Vaccination in Bombay 1874-1876 - 1874-1876
Year: 1874
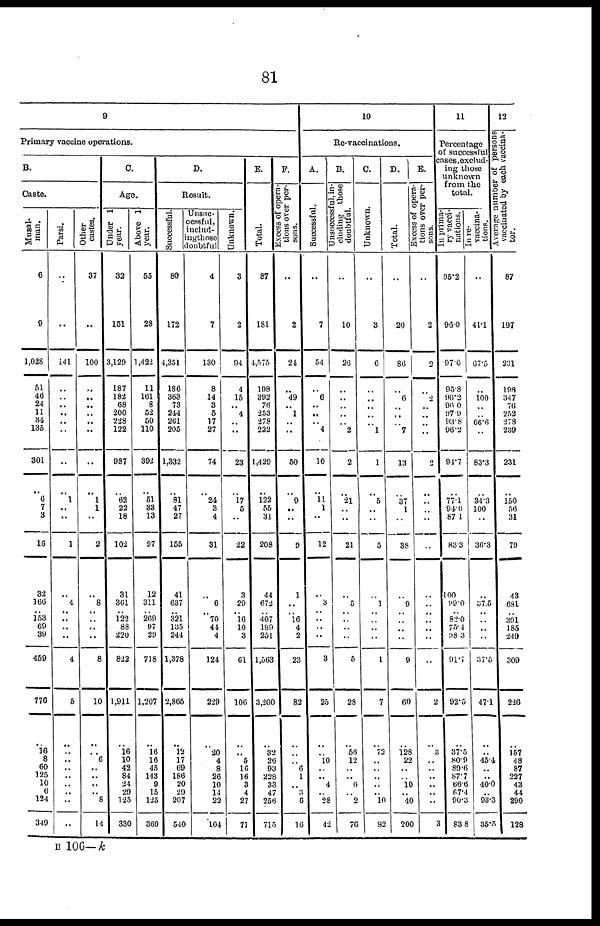
81
9
Primary vaccine operations.
B.
Caste.
Musal¬
man.
6
9
1,028
51
46
24
11
34
135
301
..
6
7
3
16
32
166
.. 153
69
39
459
776
..
16 8
60
125
10
6
124
319
Parsi.
..
..
141
..
..
.. ..
..
..
..
..
1
..
..
1
..
4
..
..
..
..
4
5
..
.. ..
..
..
..
..
..
..
Other
castes.
37
..
100
..
..
..
..
..
..
..
..
1
1
..
2
..
8
..
..
..
..
8
10
..
.. 6
..
..
.. .. 8
14
C
Age.
Under 1
year.
32
151
3,129
187
182
68
200
228
122
987
..
62
22
18
102
31
361
.. 122
88
220
822
1,911
..
16
10 42
84
24
29
125
330
Above 1
year.
55
28
1,422
11
161
8
52
50
110
392
..
51
33
13
97
12
311
.. 269
97
29
718
1,207
..
16
16
45
143
9
15
125
369
D.
Result.
Successful.
80
172
4,351
186
363
73
244
261
205
1,332
..
81
47
27
155
41
637
.. 321
135
244
1,378
2,865
..
12
17
69
186
20
29
207
540
Unsuc-
cessful,
includ-
ing those
doubtful
4
7
130
8
14
3
5
17
27
74
..
24
3
4
31
..
6
.. 70
44
..
12
229
..
20
4
8
26
10
14
22
104
Unknown.
3
2
94
4
15
.. 4
.. ..
23
..
17
5
..
22
3
29
.. 16
10
4
61
106
..
.. 5
16
16
3
4
27
71
E.
Total.
87
181
4,575
198
392
76
253
278
232
1,429
..
122
55
31
208
44
672
.. 407
189
251
1,563
3,200
..
32 26
93
228
33
47
256
715
F.
Excess of opera-
tions over per-
sons.
..
2
24
..
49
.. 1
..
..
50
..
9
..
..
9
1
..
.. 16
4
2
23
82
..
..
.. 6
1
.. 3
6
16
10
Re-vaccinations.
A.
Successful.
..
7
54
..
6
..
..
.. 4
10
..
11 1
..
12
..
3
..
..
..
..
3
25
..
.. 10
..
..
4
.. 28
42
B.
Unsuccessful, in-
cluding those
doubtful.
..
10
26
..
..
..
..
.. 2
2
..
21
..
..
21
..
5
..
..
..
..
5
28
..
56
12
..
..
6
.. 2
76
C.
Unknown.
..
3
6
..
..
..
..
.. 1
..
..
5
..
..
5
..
1
..
..
..
..
1
7
..
72
..
..
..
..
.. 10
82
D.
Total.
..
20
86
..
6
..
..
.. 7
13
..
37
1
..
38
..
9
..
..
..
..
9
60
..
128 22
..
.. 10
.. 40
200
E.
Excess of opera-
tions over per-
sons.
..
2
2
..
2
..
.. ..
..
2
..
..
..
..
..
..
..
..
..
..
..
..
2
..
3 ..
..
..
..
..
..
3
11
Percentage
of successful
cases,exclud-
ing those
unknown
from the
total.
In prima-
ry vacci-
nations.
95.2
96.0
97.0
95.8
96.2
96.0
97.9
93.8
96.2
94.7
..
77.1
94.0
87.1
83.3
100
99.0
.. 82.0
75.4
98.3
91.7
92.5
..
37.5
80.9
89.6
87.7
66.6
67.4
90.3
83.8
In re-
vaccina-
tions.
..
41.1
67.5
..
100
..
.. 66.6
..
83.3
..
34.3
100
..
36.3
..
37.5
..
..
..
..
37.5
47.1
..
.. 45.4
..
.. 40.0
.. 93.3
35.5
12
Average number of persons
vaccinated by each vaccina-
tor.
87
197
231
198
347
76
252 273
239
231
..
150
56
31
79
43
681
.. 391
185
249
309
226
..
157
48
87
227
43
44
290
128
B 106—k